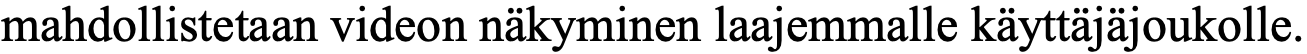
mahdollistetaan videon näkyminen laajemmalle käyttäjäjoukolle.